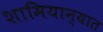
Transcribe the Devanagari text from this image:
शामियान्यात